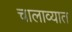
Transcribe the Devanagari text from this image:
चालाव्यात